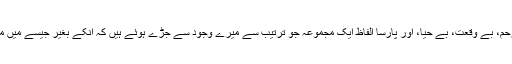
بوسیدہ ، بے رحم، بے وقعت، بے حیا، اور پارسا الفاظ ایک مجموعہ جو ترتیب سے میرے وجود سے جڑے ہوئے ہیں کہ انکے بغیر جیسے میں موجود ہی نہیں۔